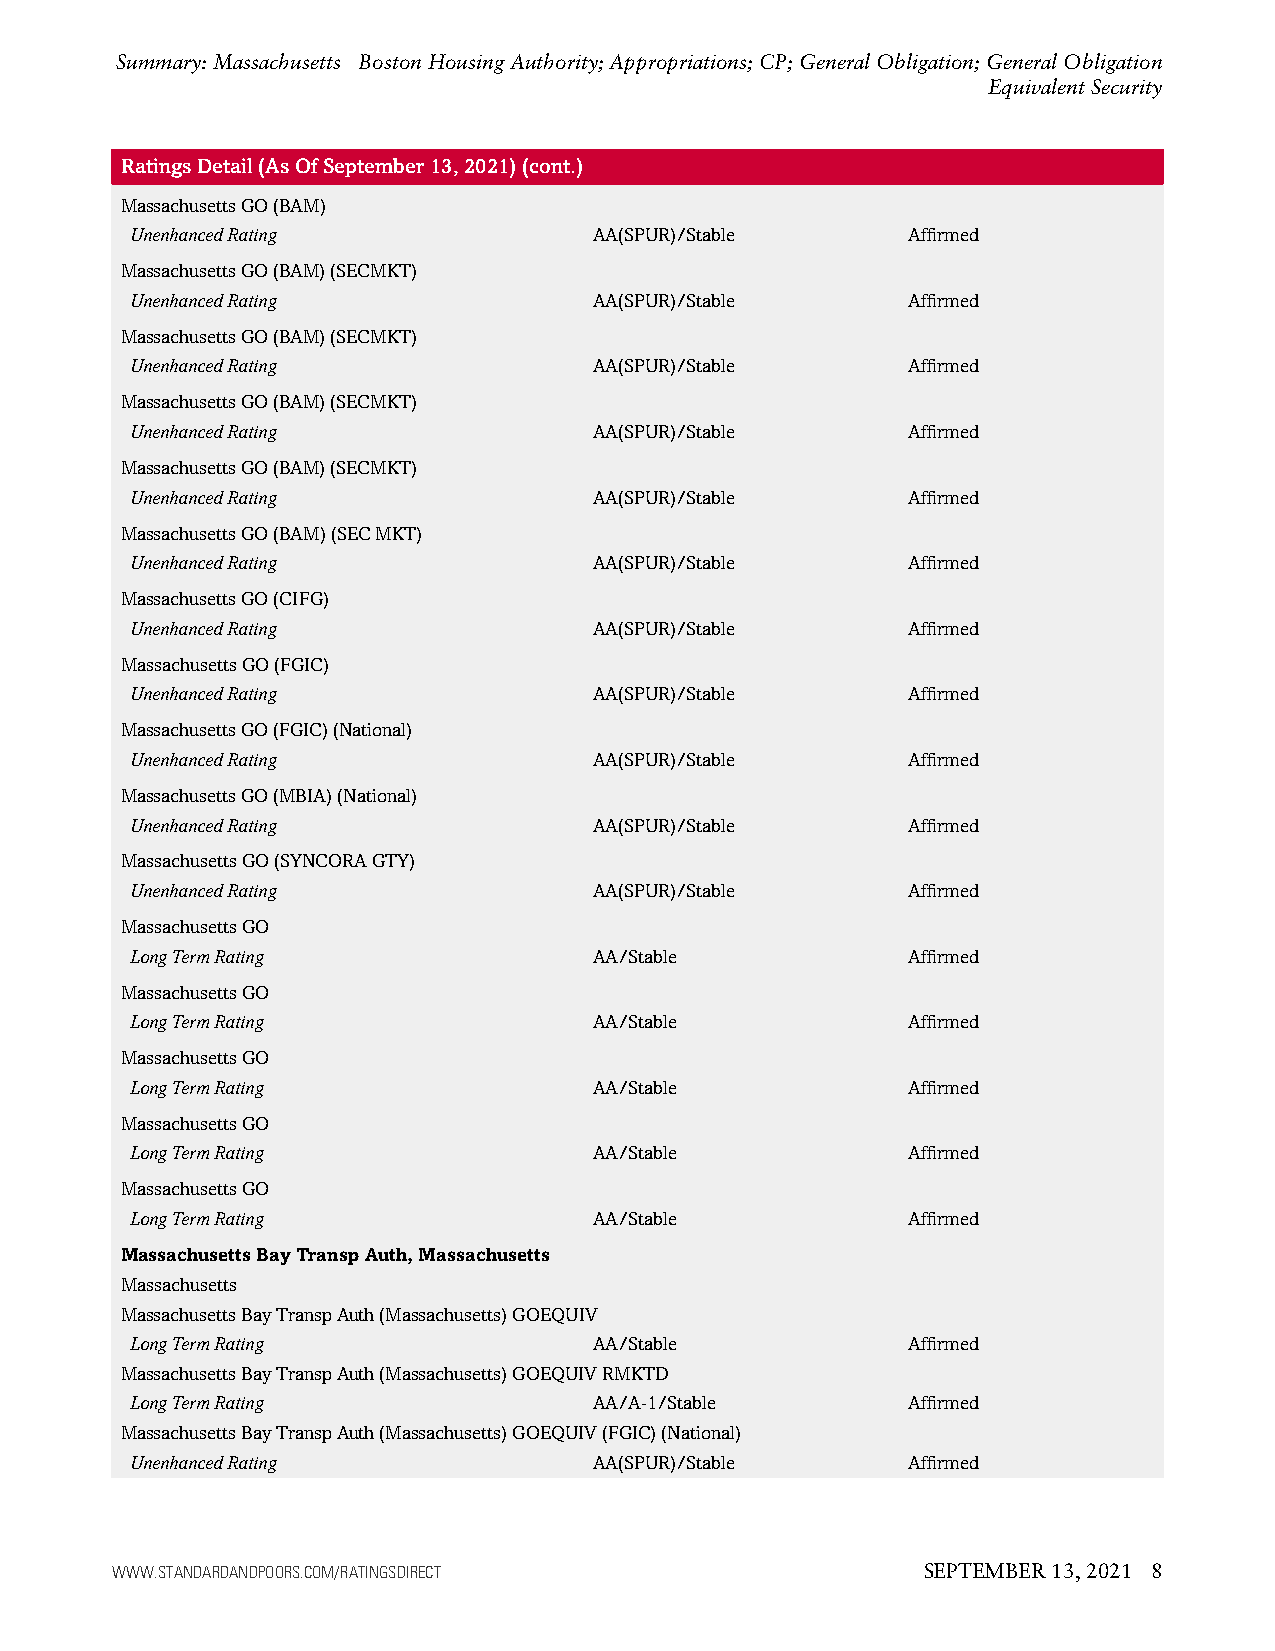
Summary: Massachusetts Boston Housing Authority; Appropriations; CP; General Obligation; General Obligation
 Equivalent Security
 RatingsDetail(AsOfSeptember13,2021)(cont.)
 MassachusettsGO(BAM)
 UnenhancedRating              AA(SPUR)/Stable      Affirmed
 MassachusettsGO(BAM)(SECMKT)
 UnenhancedRating              AA(SPUR)/Stable      Affirmed
 MassachusettsGO(BAM)(SECMKT)
 UnenhancedRating              AA(SPUR)/Stable      Affirmed
 MassachusettsGO(BAM)(SECMKT)
 UnenhancedRating              AA(SPUR)/Stable      Affirmed
 MassachusettsGO(BAM)(SECMKT)
 UnenhancedRating              AA(SPUR)/Stable      Affirmed
 MassachusettsGO(BAM)(SECMKT)
 UnenhancedRating              AA(SPUR)/Stable      Affirmed
 MassachusettsGO(CIFG)
 UnenhancedRating              AA(SPUR)/Stable      Affirmed
 MassachusettsGO(FGIC)
 UnenhancedRating              AA(SPUR)/Stable      Affirmed
 MassachusettsGO(FGIC)(National)
 UnenhancedRating              AA(SPUR)/Stable      Affirmed
 MassachusettsGO(MBIA)(National)
 UnenhancedRating              AA(SPUR)/Stable      Affirmed
 MassachusettsGO(SYNCORAGTY)
 UnenhancedRating              AA(SPUR)/Stable      Affirmed
 MassachusettsGO
 LongTermRating                AA/Stable            Affirmed
 MassachusettsGO
 LongTermRating                AA/Stable            Affirmed
 MassachusettsGO
 LongTermRating                AA/Stable            Affirmed
 MassachusettsGO
 LongTermRating                AA/Stable            Affirmed
 MassachusettsGO
 LongTermRating                AA/Stable            Affirmed
 MassachusettsBayTranspAuth,Massachusetts
 Massachusetts
 MassachusettsBayTranspAuth(Massachusetts)GOEQUIV
 LongTermRating                AA/Stable            Affirmed
 MassachusettsBayTranspAuth(Massachusetts)GOEQUIVRMKTD
 LongTermRating                AA/A-1/Stable        Affirmed
 MassachusettsBayTranspAuth(Massachusetts)GOEQUIV(FGIC)(National)
 UnenhancedRating              AA(SPUR)/Stable      Affirmed
 WWW.STANDARDANDPOORS.COM/RATINGSDIRECT                SEPTEMBER 13, 2021 8